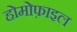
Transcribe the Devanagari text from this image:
होमोफ़ाइल